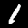
Label: 1